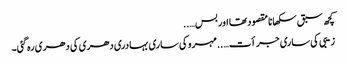
کچھ سبق سکھانا مقصود تھا اور بس…..
زیبی کی ساری جرأت…..مہرو کی ساری بہادری دھری کی دھری رہ گئی۔